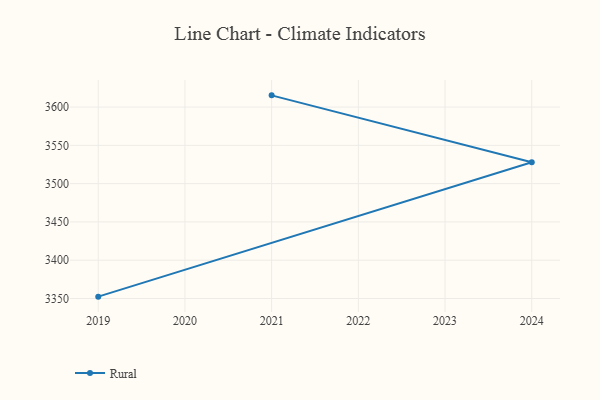
{"axis": {"x": "Year", "y": "Humidity (%)"}, "legend": ["Rural"], "data": [{"x": "2019", "y": 3352.4, "type": "Rural"}, {"x": "2024", "y": 3528.0, "type": "Rural"}, {"x": "2021", "y": 3615.3, "type": "Rural"}]}